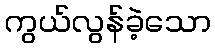
ကွယ်လွန်ခဲ့သော